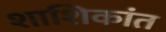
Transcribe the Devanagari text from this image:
शाशिकांत